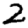
Digit: 2